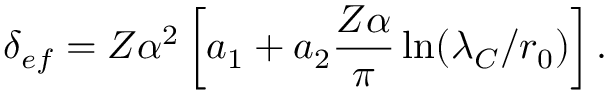
\delta _ { e f } = Z \alpha ^ { 2 } \left[ a _ { 1 } + a _ { 2 } { \frac { Z \alpha } { \pi } } \ln ( \lambda _ { C } / r _ { 0 } ) \right] .